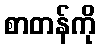
စာတန်ကို